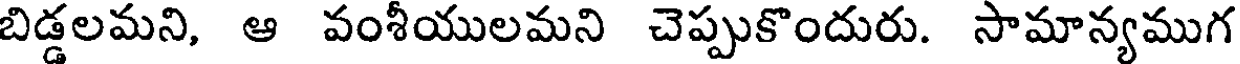
బిడ్డలమని, ఆ వంశీయులమని చెప్పుకొందురు. సామాన్యముగ